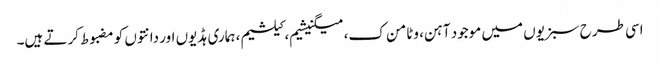
اسی طرح سبزیوں میں موجود آہن، وٹامن ک، میگنیشیم، کیلشیم، ہماری ہڈیوں اور دانتوں کو مضبوط کرتے ہیں۔